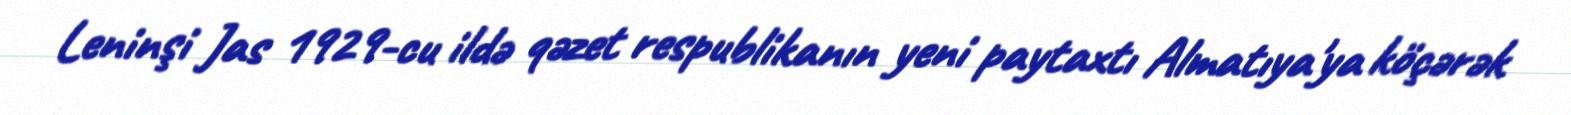
Leninşi Jas 1929-cu ildə qəzet respublikanın yeni paytaxtı Almatıya'ya köçərək